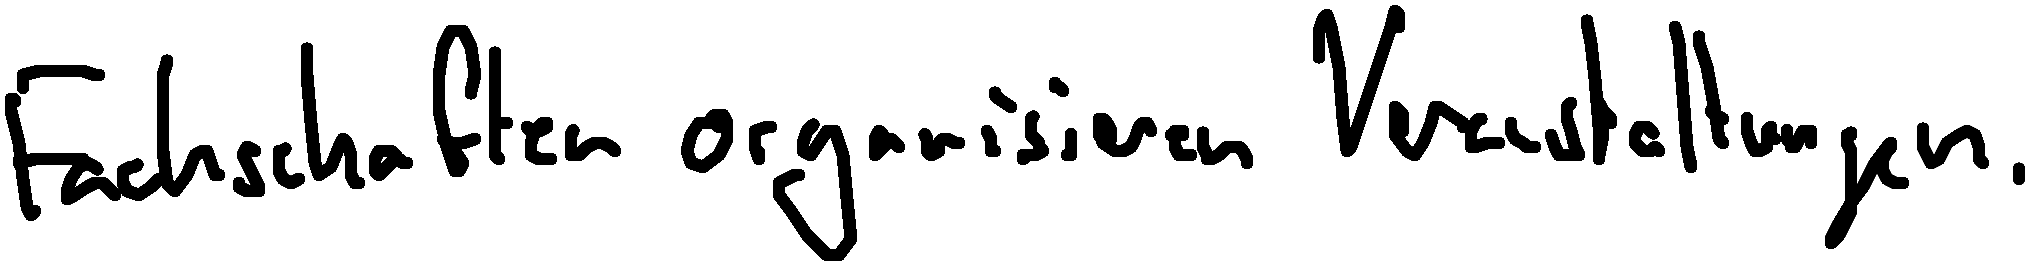
Fachschaften organisieren Veranstaltungen.